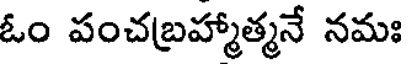
ఓం పంచబ్రహ్మాత్మనే నమః